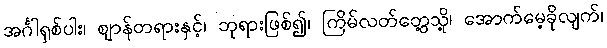
အင်္ဂါရှစ်ပါး၊ ဈာန်တရားနှင့်၊ ဘုရားဖြစ်၍၊ ကြိမ်လတ်တွေ့သို့၊ အောက်မေ့ခိုလျက်၊